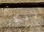
الافكار